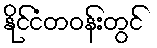
နိုင်ငံတဝန်းတွင်